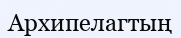
Архипелагтың